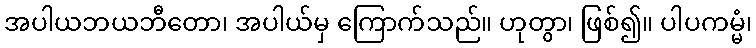
အပါယဘယဘီတော၊ အပါယ်မှ ကြောက်သည်။ ဟုတွာ၊ ဖြစ်၍။ ပါပကမ္မံ၊